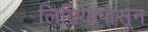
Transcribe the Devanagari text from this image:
लिबियापासून